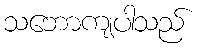
သဘောကျပါသည်